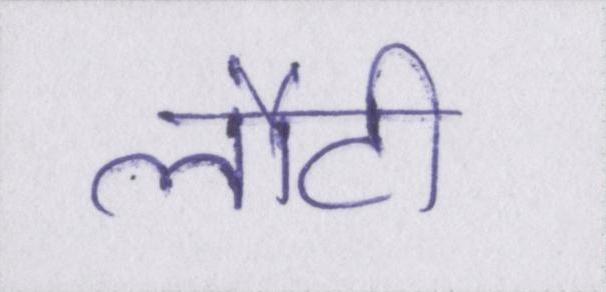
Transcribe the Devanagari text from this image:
लौटी